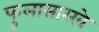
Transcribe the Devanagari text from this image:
फुलासारखे